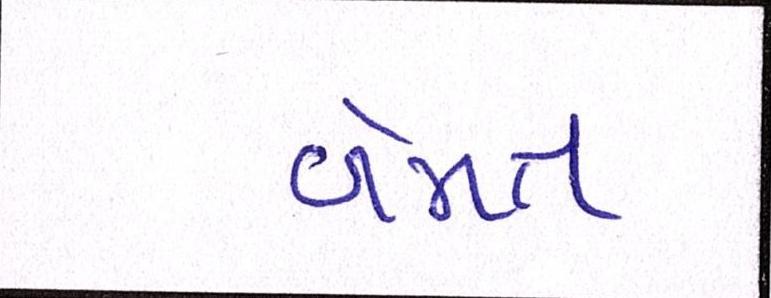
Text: બેમત